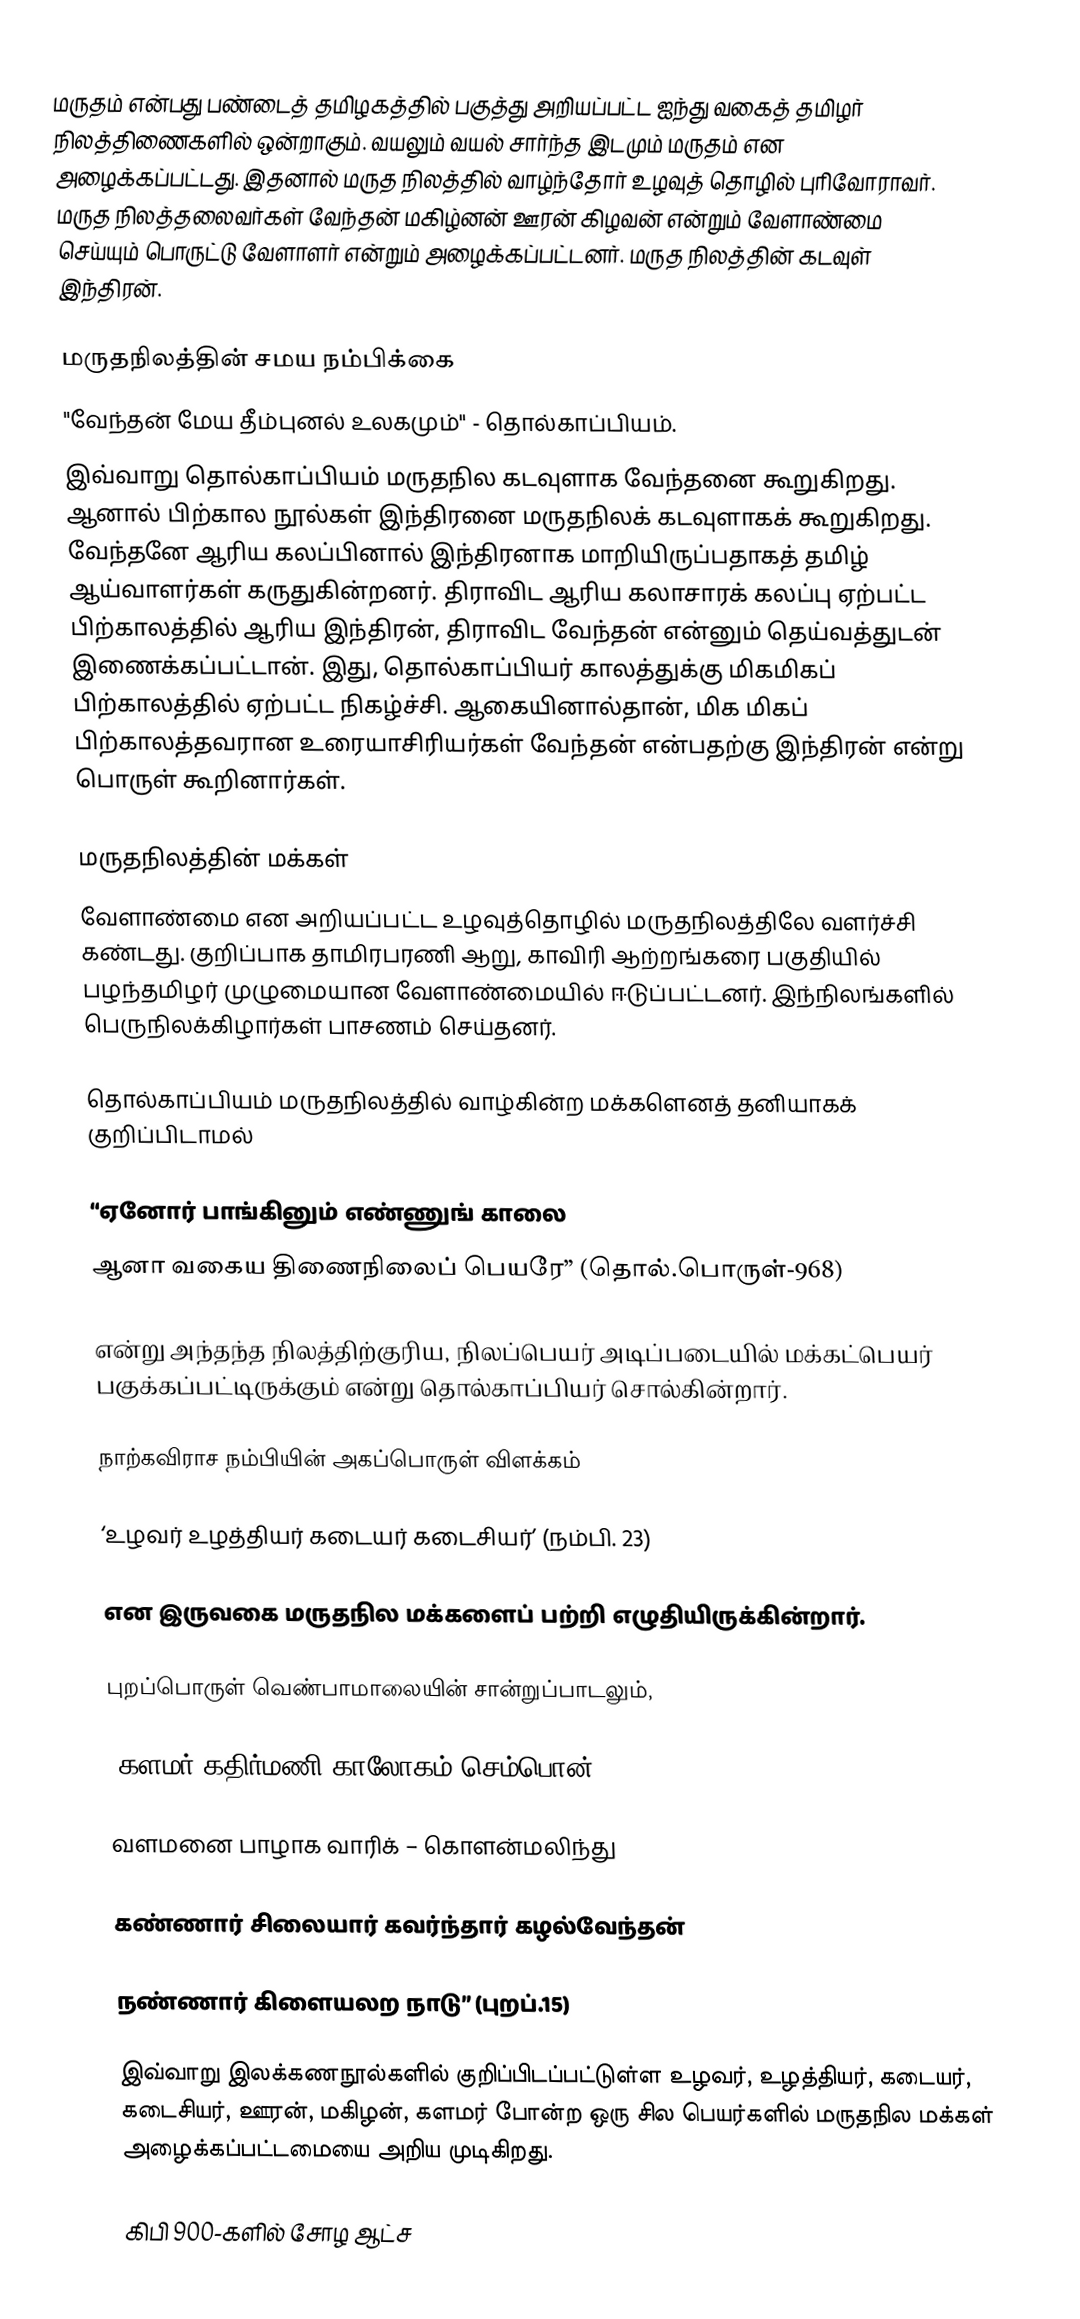
மருதம் என்பது பண்டைத் தமிழகத்தில் பகுத்து அறியப்பட்ட ஐந்து வகைத் தமிழர் நிலத்திணைகளில் ஒன்றாகும். வயலும் வயல் சார்ந்த இடமும் மருதம் என அழைக்கப்பட்டது. இதனால் மருத நிலத்தில் வாழ்ந்தோர் உழவுத் தொழில் புரிவோராவர். மருத நிலத்தலைவர்கள் வேந்தன் மகிழ்னன் ஊரன் கிழவன் என்றும் வேளாண்மை செய்யும் பொருட்டு வேளாளர்  என்றும் அழைக்கப்பட்டனர். மருத நிலத்தின் கடவுள் இந்திரன்.

மருதநிலத்தின் சமய நம்பிக்கை
"வேந்தன் மேய தீம்புனல் உலகமும்" - தொல்காப்பியம்.
இவ்வாறு தொல்காப்பியம் மருதநில கடவுளாக வேந்தனை கூறுகிறது. ஆனால் பிற்கால நூல்கள் இந்திரனை மருதநிலக் கடவுளாகக் கூறுகிறது. வேந்தனே ஆரிய கலப்பினால் இந்திரனாக மாறியிருப்பதாகத் தமிழ் ஆய்வாளர்கள் கருதுகின்றனர். திராவிட ஆரிய கலாசாரக் கலப்பு ஏற்பட்ட பிற்காலத்தில் ஆரிய இந்திரன், திராவிட வேந்தன் என்னும் தெய்வத்துடன் இணைக்கப்பட்டான். இது, தொல்காப்பியர் காலத்துக்கு மிகமிகப் பிற்காலத்தில் ஏற்பட்ட நிகழ்ச்சி. ஆகையினால்தான், மிக மிகப் பிற்காலத்தவரான உரையாசிரியர்கள் வேந்தன் என்பதற்கு இந்திரன் என்று பொருள் கூறினார்கள்.

மருதநிலத்தின் மக்கள்
வேளாண்மை என அறியப்பட்ட உழவுத்தொழில் மருதநிலத்திலே வளர்ச்சி கண்டது. குறிப்பாக தாமிரபரணி ஆறு, காவிரி ஆற்றங்கரை பகுதியில் பழந்தமிழர் முழுமையான வேளாண்மையில் ஈடுப்பட்டனர். இந்நிலங்களில் பெருநிலக்கிழார்கள் பாசணம் செய்தனர்.

தொல்காப்பியம் மருதநிலத்தில் வாழ்கின்ற மக்களெனத் தனியாகக் குறிப்பிடாமல்

     “ஏனோர் பாங்கினும் எண்ணுங் காலை
ஆனா வகைய திணைநிலைப் பெயரே” (தொல்.பொருள்-968)

என்று அந்தந்த நிலத்திற்குரிய, நிலப்பெயர் அடிப்படையில் மக்கட்பெயர் பகுக்கப்பட்டிருக்கும் என்று தொல்காப்பியர் சொல்கின்றார்.

நாற்கவிராச நம்பியின் அகப்பொருள் விளக்கம்

     ‘உழவர் உழத்தியர் கடையர் கடைசியர்’ (நம்பி. 23)

என இருவகை மருதநில மக்களைப் பற்றி எழுதியிருக்கின்றார்.

புறப்பொருள் வெண்பாமாலையின் சான்றுப்பாடலும்,

“களமர் கதிர்மணி காலோகம் செம்பொன்

வளமனை பாழாக வாரிக் – கொளன்மலிந்து

கண்ணார் சிலையார் கவர்ந்தார் கழல்வேந்தன்

நண்ணார் கிளையலற நாடு” (புறப்.15)

இவ்வாறு இலக்கணநூல்களில் குறிப்பிடப்பட்டுள்ள உழவர், உழத்தியர், கடையர், கடைசியர், ஊரன், மகிழன், களமர் போன்ற ஒரு சில பெயர்களில் மருதநில மக்கள்   அழைக்கப்பட்டமையை அறிய முடிகிறது.

கிபி 900-களில் சோழ ஆட்ச